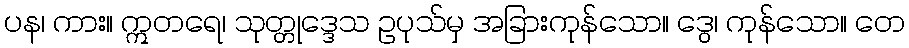
ပန၊ ကား။ ဣတရေ၊ သုတ္တုဒ္ဒေသ ဥပုသ်မှ အခြားကုန်သော။ ဒွေ၊ ကုန်သော။ တေ